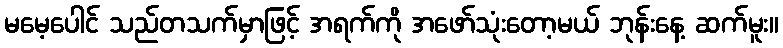
မမေ့ပေါင် သည်တသက်မှာဖြင့် အရက်ကို အဖော်သုံးတော့မယ် ဘုန်းနေ့ ဆက်မူး။